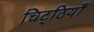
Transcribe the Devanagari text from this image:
चिट्‌ठियाँ